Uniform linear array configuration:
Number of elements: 16
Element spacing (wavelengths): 0.75
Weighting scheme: kaiser
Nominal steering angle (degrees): -45
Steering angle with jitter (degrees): -46.409
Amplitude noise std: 0.05
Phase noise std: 0.05

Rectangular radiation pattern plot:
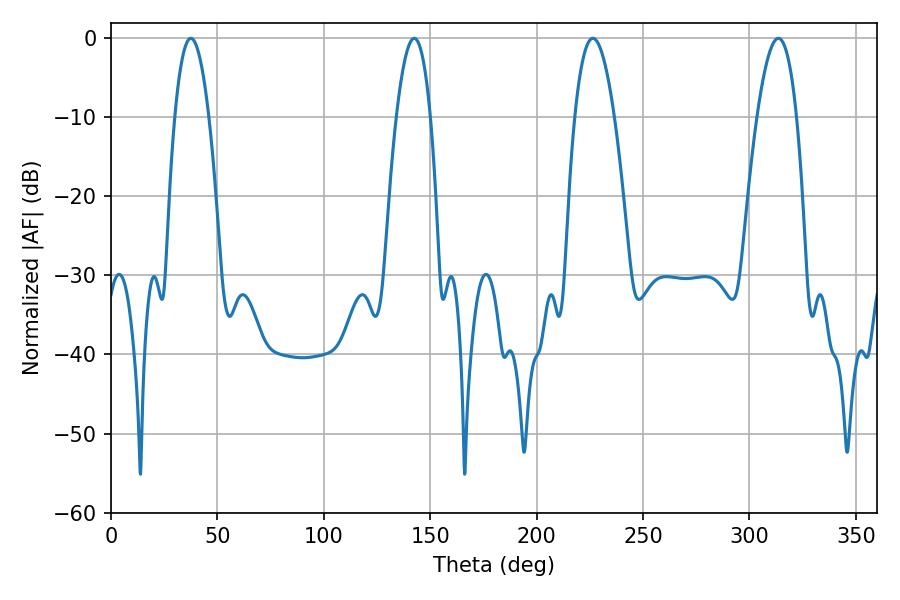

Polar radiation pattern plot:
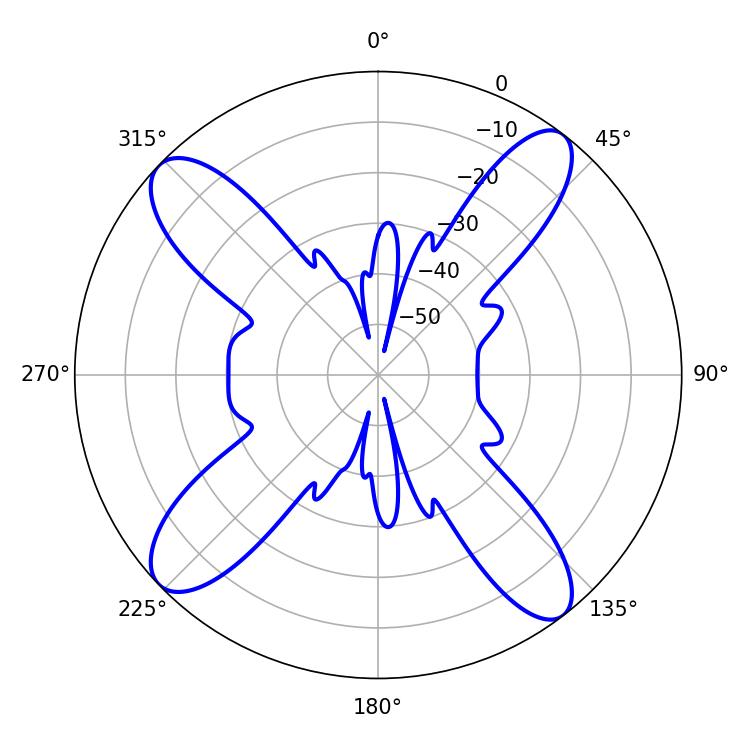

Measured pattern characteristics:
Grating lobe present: TRUE
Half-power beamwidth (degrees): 10.26
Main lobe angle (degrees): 226.44